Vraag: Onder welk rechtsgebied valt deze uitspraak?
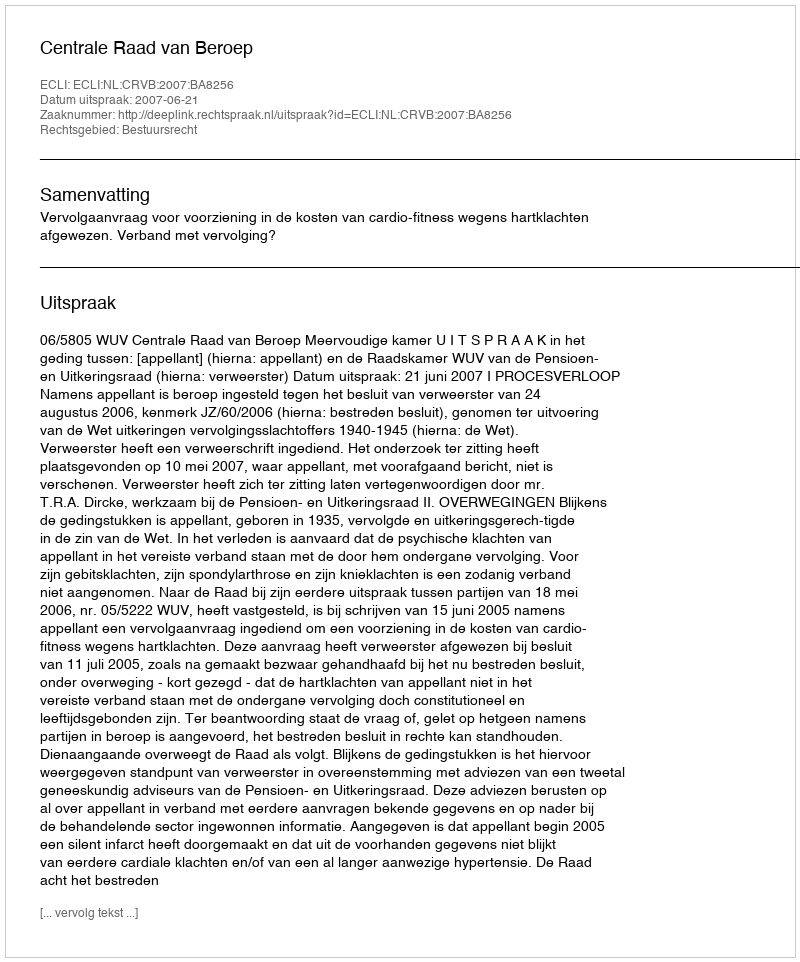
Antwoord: Bestuursrecht